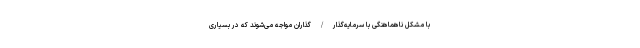
با مشکل ناهماهنگی با سرمایه‌گذار / گذاران مواجه می‌شوند که در بسیاری